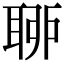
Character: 𦕼